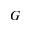
G